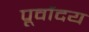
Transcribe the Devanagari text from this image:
पूर्वोदय